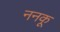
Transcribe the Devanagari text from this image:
ननकू